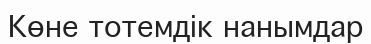
Көне тотемдік нанымдар